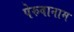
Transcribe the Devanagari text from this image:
पेरुवानाम